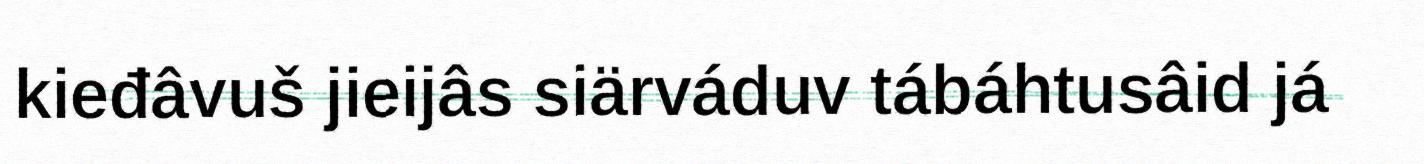
kieđâvuš jieijâs siärváduv tábáhtusâid já